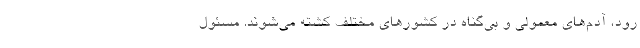
رود، آدم‌های معمولی و بی‌گناه در کشورهای مختلف کشته می‌شوند. مسئول